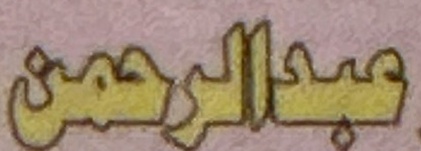
عبدالرحمن